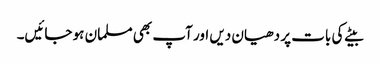
بیٹے کی بات پر دھیان دیں اور آپ بھی مسلمان ہو جائیں۔